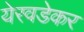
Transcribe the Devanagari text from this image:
येरवडेकर